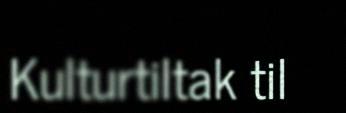
Kulturtiltak til